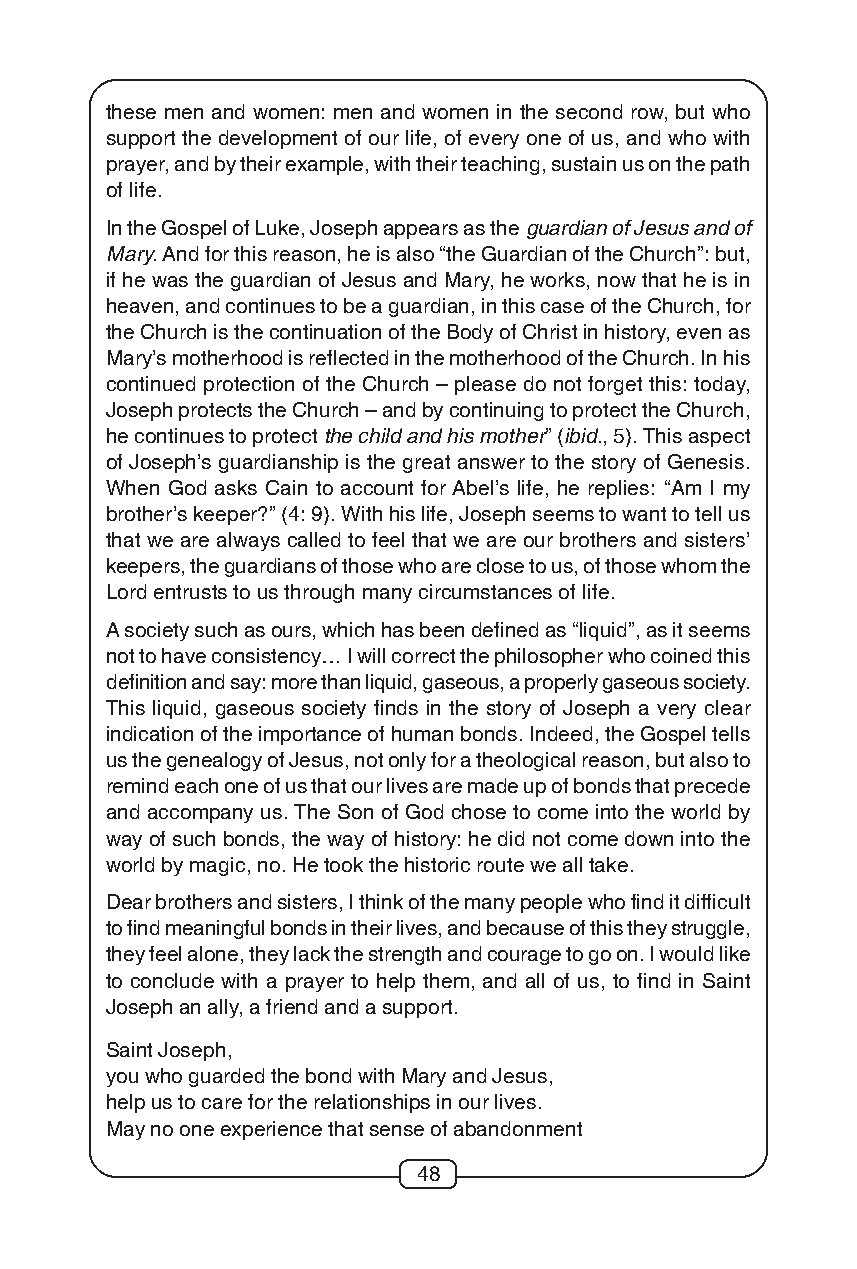
these men and women: men and women in the second row, but who
 support the development of our life, of every one of us, and who with
 prayer, and by their example, with their teaching, sustain us on the path
 of life.
 In the Gospel of Luke, Joseph appears as the guardian of Jesus and of
 Mary. And for this reason, he is also “the Guardian of the Church”: but,
 if he was the guardian of Jesus and Mary, he works, now that he is in
 heaven, and continues to be a guardian, in this case of the Church, for
 the Church is the continuation of the Body of Christ in history, even as
 Mary’s motherhood is reflected in the motherhood of the Church. In his
 continued protection of the Church – please do not forget this: today,
 Joseph protects the Church – and by continuing to protect the Church,
 he continues to protect the child and his mother” (ibid., 5). This aspect
 of Joseph’s guardianship is the great answer to the story of Genesis.
 When God asks Cain to account for Abel’s life, he replies: “Am I my
 brother’s keeper?” (4: 9). With his life, Joseph seems to want to tell us
 that we are always called to feel that we are our brothers and sisters’
 keepers, the guardians of those who are close to us, of those whom the
 Lord entrusts to us through many circumstances of life.
 A society such as ours, which has been defined as “liquid”, as it seems
 not to have consistency… I will correct the philosopher who coined this
 definition and say: more than liquid, gaseous, a properly gaseous society.
 This liquid, gaseous society finds in the story of Joseph a very clear
 indication of the importance of human bonds. Indeed, the Gospel tells
 us the genealogy of Jesus, not only for a theological reason, but also to
 remind each one of us that our lives are made up of bonds that precede
 and accompany us. The Son of God chose to come into the world by
 way of such bonds, the way of history: he did not come down into the
 world by magic, no. He took the historic route we all take.
 Dear brothers and sisters, I think of the many people who find it difficult
 to find meaningful bonds in their lives, and because of this they struggle,
 they feel alone, they lack the strength and courage to go on. I would like
 to conclude with a prayer to help them, and all of us, to find in Saint
 Joseph an ally, a friend and a support.
 Saint Joseph,
 you who guarded the bond with Mary and Jesus,
 help us to care for the relationships in our lives.
 May no one experience that sense of abandonment
 48